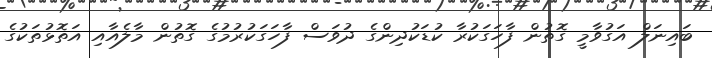
ބައިނަލް އަގުވާމީ ގޮތުން ފާހަގަކުރާ ކުޑަކުދިންގެ ދުވަސް ފާހަގަކުރުމުގެ ގޮތުން މާލެއާއި އަތޮޅުތަކުގެ